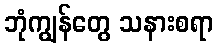
ဘုံကျွန်တွေ သနားစရာ